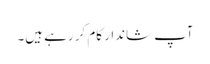
آپ شاندار کام کر رہے ہیں۔